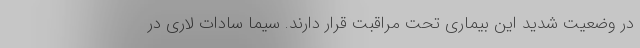
در وضعیت شدید این بیماری تحت مراقبت قرار دارند. سیما سادات لاری در